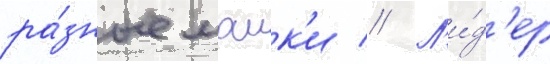
ра́зные маик'и // Л'и́д'ер